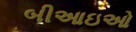
બીઆઇઓ